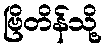
ဗြိတိန်သို့